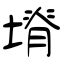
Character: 塉